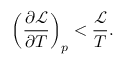
\left( \frac { \partial \mathcal { L } } { \partial T } \right) _ { p } < \frac { \mathcal { L } } { T } .